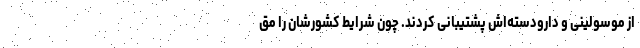
از موسولینی و دارودسته‌اش پشتیبانی کردند. چون شرایط کشورشان را مق